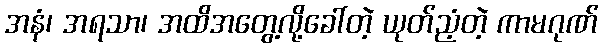
အနံ၊ အရသာ၊ အထိအတွေ့လို့ခေါ်တဲ့ ယုတ်ညံ့တဲ့ ကာမဂုဏ်